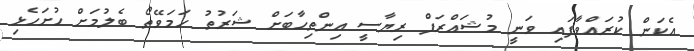
އެކަން ކުރައްވާފައި ވަނީ މުޝައްރަފް ރިޔާސީ އިންތިހާބަށް ޝަރުތު ހަމަވޭތޯ ބެލުމަށް ހުށަހެޅި